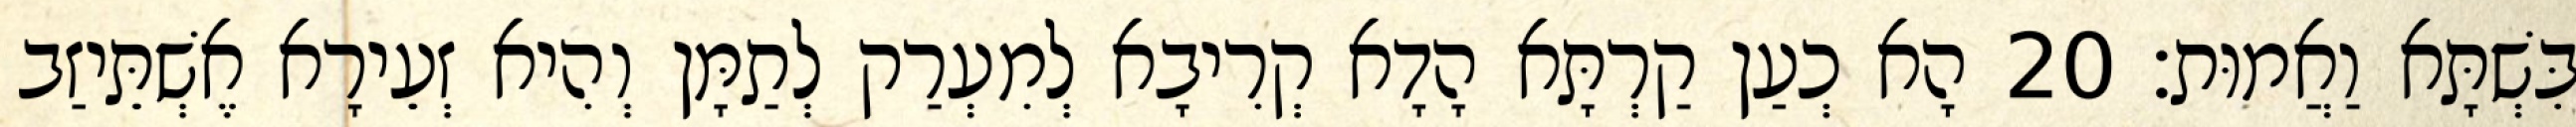
בִּשְׁתָּא וַאֲמוּת׃ 20 הָא כְעַן קַרְתָּא הָדָא קְרִיבָא לְמִעְרַק לְתַמָּן וְהִיא זְעֵירָא אֶשְׁתֵּיזַב